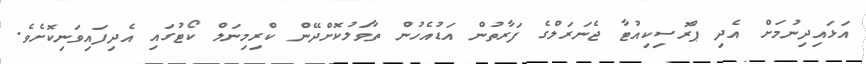
އަޅައިދިނުމަށް އެދި ޕްރޮސިކިއުޓާ ޖެނަރަލްގެ ފަރާތުން އަޑުއެހުން ތާވަލުކޮށްދޭން ކްރިމިނަލް ކޯޓުގައި އެދިފައިވަނިކޮށެވެ.